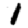
Digit: 1